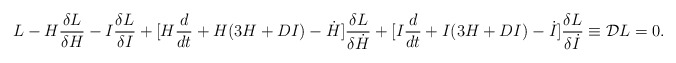
\begin{align*}L - H {\delta L \over \delta H} - I {\delta L \over \delta I} +[ H {d \over dt}+ H( 3H +DI) -\dot{H} ] {\delta L \over \delta \dot{H}}+ [ I {d \over dt}+ I( 3H +DI) -\dot{I} ] {\delta L \over \delta \dot{I}}\equiv {\cal D} L =0 .\end{align*}